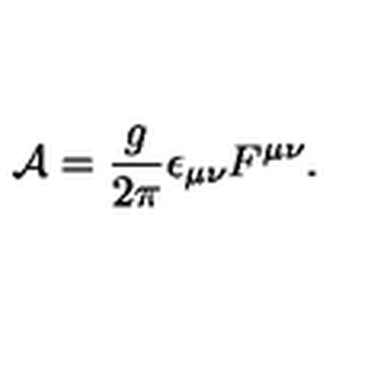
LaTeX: { \cal A } = { \frac { g } { 2 \pi } } \epsilon _ { \mu \nu } F ^ { \mu \nu } .